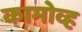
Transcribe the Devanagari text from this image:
कामोव्ह